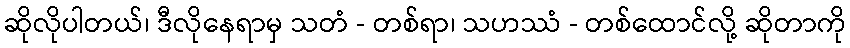
ဆိုလိုပါတယ်၊ ဒီလိုနေရာမှ သတံ - တစ်ရာ၊ သဟဿံ - တစ်ထောင်လို့ ဆိုတာကို